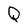
Character: Q